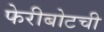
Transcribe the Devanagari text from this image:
फेरीबोटची